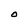
Character: O